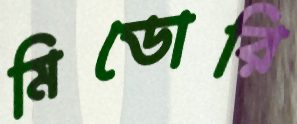
মিডোরি